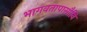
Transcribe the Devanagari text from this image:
भागवतापासौनि